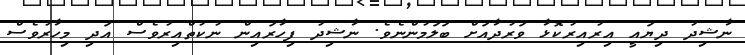
ނާޝިދު ދިޔައީ އިރުއިރުކޮޅާ ވަރުދާއަށް ބަލަމުންނެވެ. ނާޝިދު ފިހާރައިން ނުކުތްއިރުވެސް އަދި މިހާރުވެސް